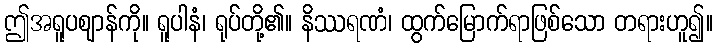
ဤအရူပဈာန်ကို။ ရူပါနံ၊ ရုပ်တို့၏။ နိဿရဏံ၊ ထွက်မြောက်ရာဖြစ်သော တရားဟူ၍။